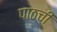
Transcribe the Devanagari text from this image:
पाठची